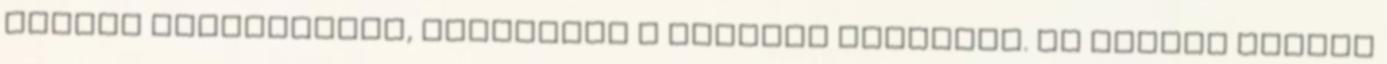
kívánt fellebbezni, elfogadta a halálos ítéletet. Az ügyvéd ezután